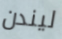
ليندن